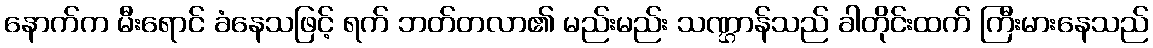
နောက်က မီးရောင် ခံနေသဖြင့် ရက် ဘတ်တလာ၏ မည်းမည်း သဏ္ဌာန်သည် ခါတိုင်းထက် ကြီးမားနေသည်